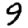
Digit: 9